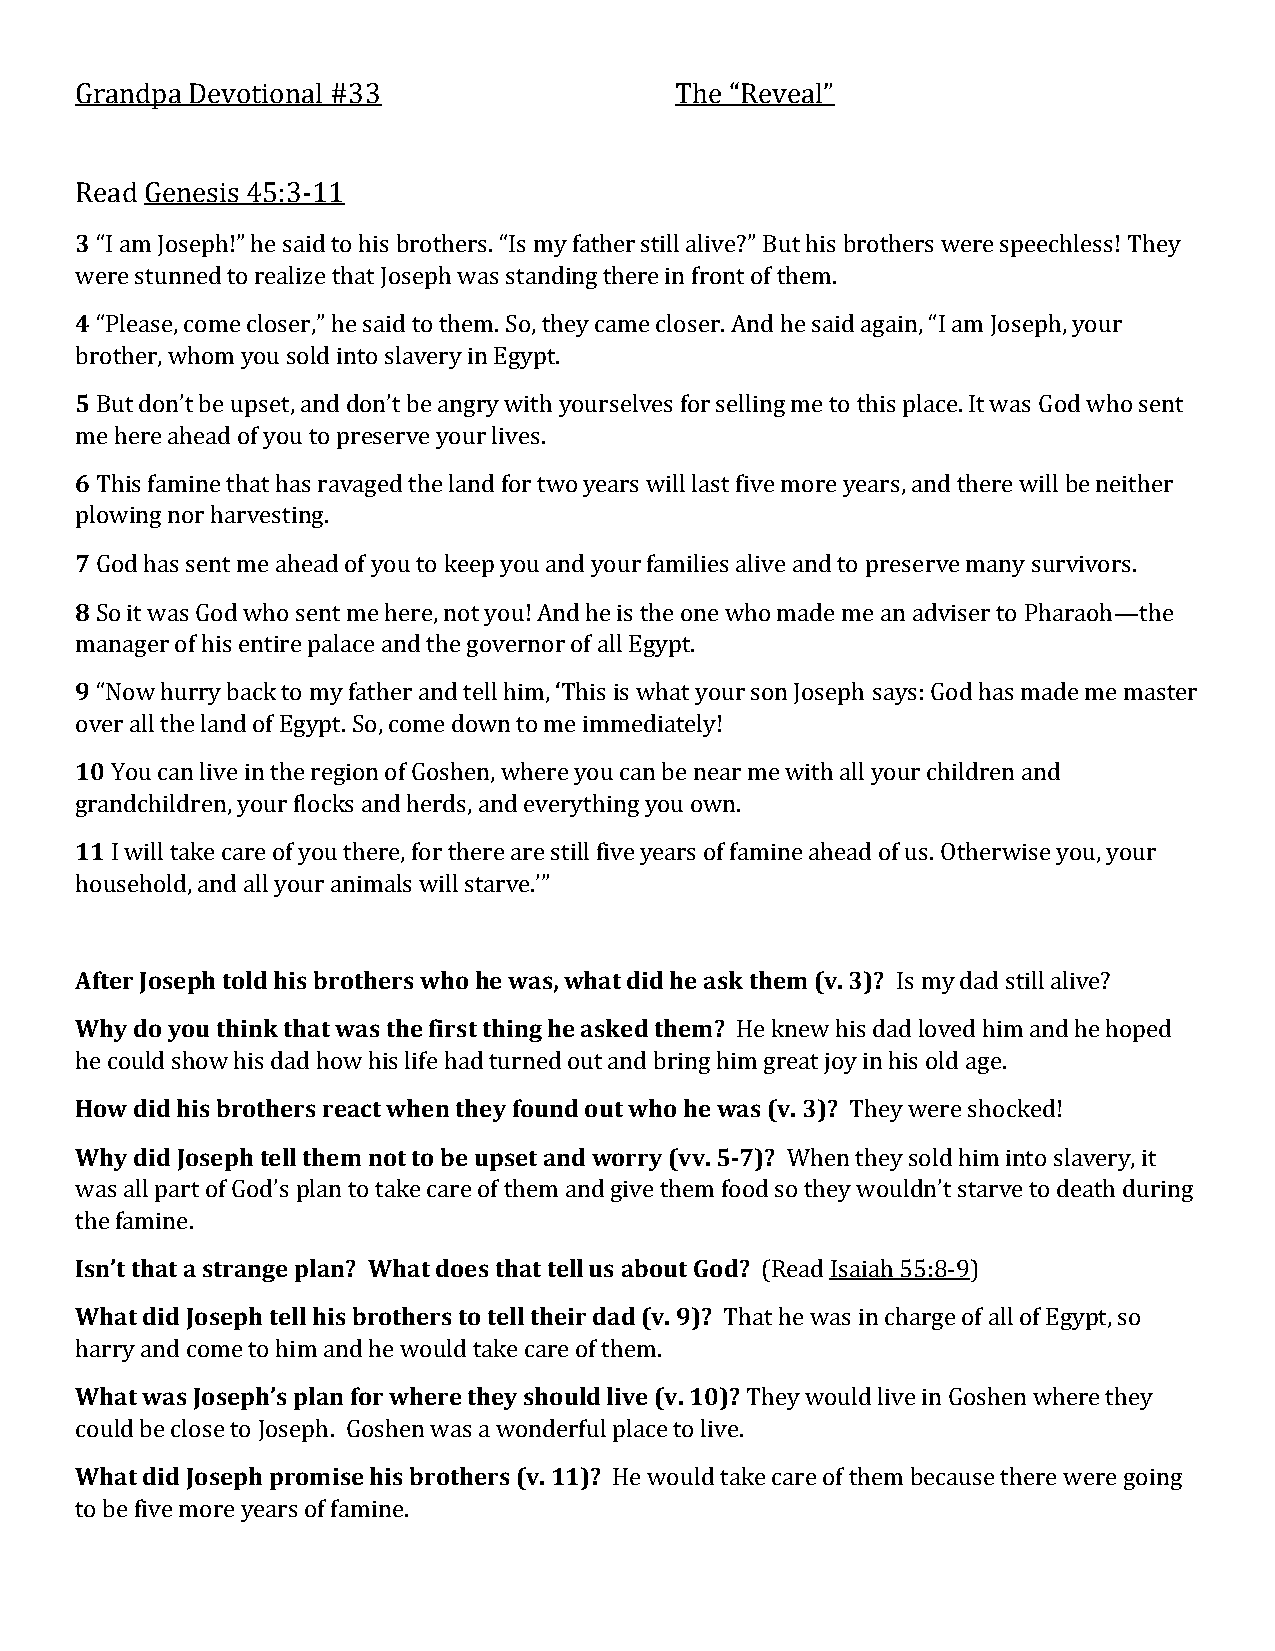
Grandpa Devotional #33                  The “Reveal”
 Read Genesis 45:3-11
 3 “I am Joseph!” he said to his brothers. “Is my father still alive?” But his brothers were speechless! They
 were stunned to realize that Joseph was standing there in front of them.
 4 “Please, come closer,” he said to them. So, they came closer. And he said again, “I am Joseph, your
 brother, whom you sold into slavery in Egypt.
 5 But don’t be upset, and don’t be angry with yourselves for selling me to this place. It was God who sent
 me here ahead of you to preserve your lives.
 6 This famine that has ravaged the land for two years will last five more years, and there will be neither
 plowing nor harvesting.
 7 God has sent me ahead of you to keep you and your families alive and to preserve many survivors.
 8 So it was God who sent me here, not you! And he is the one who made me an adviser to Pharaoh—the
 manager of his entire palace and the governor of all Egypt.
 9 “Now hurry back to my father and tell him, ‘This is what your son Joseph says: God has made me master
 over all the land of Egypt. So, come down to me immediately!
 10 You can live in the region of Goshen, where you can be near me with all your children and
 grandchildren, your flocks and herds, and everything you own.
 11 I will take care of you there, for there are still five years of famine ahead of us. Otherwise you, your
 household, and all your animals will starve.’”
 After Joseph told his brothers who he was, what did he ask them (v. 3)? Is my dad still alive?
 Why do you think that was the first thing he asked them? He knew his dad loved him and he hoped
 he could show his dad how his life had turned out and bring him great joy in his old age.
 How did his brothers react when they found out who he was (v. 3)? They were shocked!
 Why did Joseph tell them not to be upset and worry (vv. 5-7)? When they sold him into slavery, it
 was all part of God’s plan to take care of them and give them food so they wouldn’t starve to death during
 the famine.
 Isn’t that a strange plan? What does that tell us about God? (Read Isaiah 55:8-9)
 What did Joseph tell his brothers to tell their dad (v. 9)? That he was in charge of all of Egypt, so
 harry and come to him and he would take care of them.
 What was Joseph’s plan for where they should live (v. 10)? They would live in Goshen where they
 could be close to Joseph. Goshen was a wonderful place to live.
 What did Joseph promise his brothers (v. 11)? He would take care of them because there were going
 to be five more years of famine.